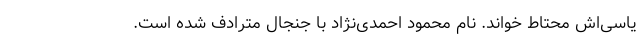
یاسی‌اش محتاط خواند. نام محمود احمدی‌نژاد با جنجال مترادف شده است.